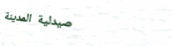
صيدلية المدينة